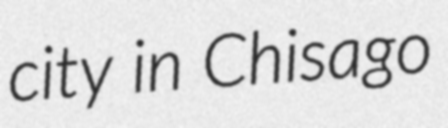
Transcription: city in Chisago